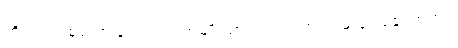
ကို၂၀၁၇ စုပုံလာခြင်း ယင်းအမျိုးသားက ၎င်းအဏုမြူဗုံး ချေးရာတွင်